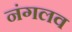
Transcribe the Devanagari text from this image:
नंगलव